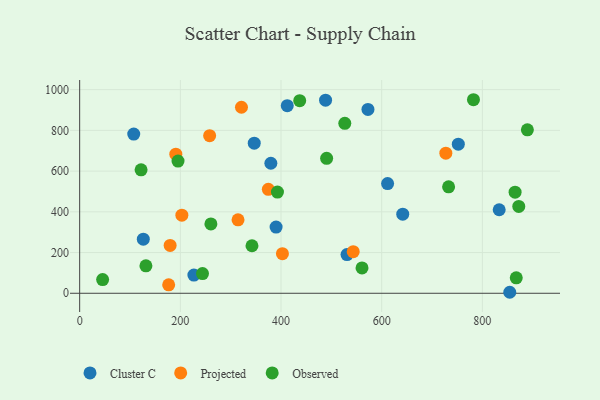
{"axis": {"x": "Experience", "y": "Yield"}, "legend": ["Cluster C", "Observed", "Projected"], "data": [{"x": "572.7", "y": 902.8, "type": "Cluster C"}, {"x": "379.8", "y": 638.7, "type": "Cluster C"}, {"x": "833.4", "y": 410.1, "type": "Cluster C"}, {"x": "107.4", "y": 781.8, "type": "Cluster C"}, {"x": "390.2", "y": 325.0, "type": "Cluster C"}, {"x": "611.7", "y": 539.0, "type": "Cluster C"}, {"x": "226.9", "y": 89.2, "type": "Cluster C"}, {"x": "126.4", "y": 265.6, "type": "Cluster C"}, {"x": "346.8", "y": 737.0, "type": "Cluster C"}, {"x": "488.5", "y": 948.2, "type": "Cluster C"}, {"x": "752.2", "y": 732.3, "type": "Cluster C"}, {"x": "531.1", "y": 190.1, "type": "Cluster C"}, {"x": "854.4", "y": 4.9, "type": "Cluster C"}, {"x": "412.4", "y": 921.6, "type": "Cluster C"}, {"x": "641.8", "y": 388.7, "type": "Cluster C"}, {"x": "314.6", "y": 360.5, "type": "Projected"}, {"x": "374.8", "y": 510.7, "type": "Projected"}, {"x": "258.2", "y": 773.8, "type": "Projected"}, {"x": "402.8", "y": 194.5, "type": "Projected"}, {"x": "176.8", "y": 41.4, "type": "Projected"}, {"x": "191.0", "y": 683.1, "type": "Projected"}, {"x": "727.4", "y": 688.2, "type": "Projected"}, {"x": "321.4", "y": 913.7, "type": "Projected"}, {"x": "179.7", "y": 234.8, "type": "Projected"}, {"x": "543.4", "y": 204.5, "type": "Projected"}, {"x": "203.0", "y": 383.5, "type": "Projected"}, {"x": "131.6", "y": 135.0, "type": "Observed"}, {"x": "490.6", "y": 662.8, "type": "Observed"}, {"x": "526.7", "y": 834.6, "type": "Observed"}, {"x": "865.0", "y": 496.3, "type": "Observed"}, {"x": "437.1", "y": 945.7, "type": "Observed"}, {"x": "45.6", "y": 67.2, "type": "Observed"}, {"x": "122.0", "y": 606.5, "type": "Observed"}, {"x": "342.3", "y": 233.4, "type": "Observed"}, {"x": "244.0", "y": 96.7, "type": "Observed"}, {"x": "889.4", "y": 802.7, "type": "Observed"}, {"x": "560.9", "y": 124.4, "type": "Observed"}, {"x": "392.9", "y": 496.9, "type": "Observed"}, {"x": "867.3", "y": 75.9, "type": "Observed"}, {"x": "260.7", "y": 340.8, "type": "Observed"}, {"x": "872.3", "y": 426.7, "type": "Observed"}, {"x": "732.9", "y": 522.9, "type": "Observed"}, {"x": "195.4", "y": 649.3, "type": "Observed"}, {"x": "782.3", "y": 950.6, "type": "Observed"}]}